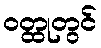
ဝတ္ထုတွင်